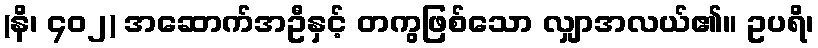
(နိ၊ ၄၀၂) အဆောက်အဦနှင့် တကွဖြစ်သော လျှာအလယ်၏။ ဥပရိ၊